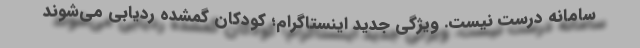
سامانه درست نیست. ویژگی جدید اینستاگرام؛ کودکان گمشده ردیابی می‌شوند